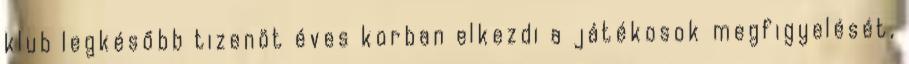
klub legkésőbb tizenöt éves korban elkezdi a játékosok megfigyelését,